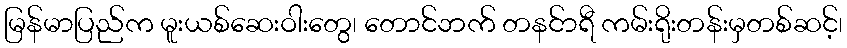
မြန်မာပြည်က မူးယစ်ဆေးဝါးတွေ၊ တောင်ဘက် တနင်ာရီ ကမ်းရိုးတန်းမှတစ်ဆင့်၊